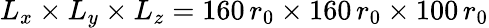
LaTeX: L_{x}\times L_{y}\times L_{z}=160\, r_{0}\times 160\, r_{0}\times 100\, r_{0}